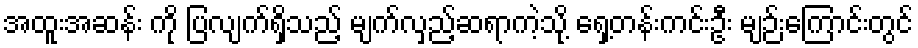
အထူးအဆန်း ကို ပြလျက်ရှိသည့် မျက်လှည့်ဆရာကဲ့သို့ ရှေ့တန်းကင်းဦး မျဉ်းကြောင်းတွင်